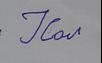
Signature authenticity: forged